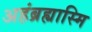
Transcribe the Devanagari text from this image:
अहंब्रह्यास्मि